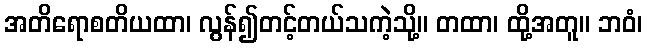
အတိရောစတိယထာ၊ လွန်၍တင့်တယ်သကဲ့သို့။ တထာ၊ ထို့အတူ။ ဘဝံ၊